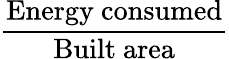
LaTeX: \frac{\mathrm{Energy~consumed}}{\mathrm{Built~area}}